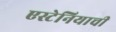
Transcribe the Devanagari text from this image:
एस्टेनियाची